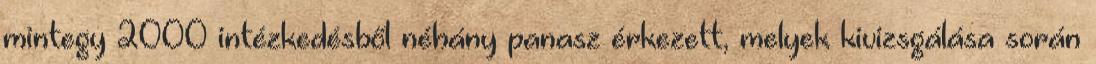
mintegy 2000 intézkedésből néhány panasz érkezett, melyek kivizsgálása során